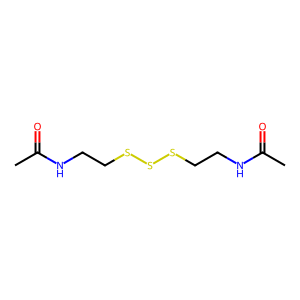
SMILES: CC(=O)NCCSSSCCNC(C)=O
Inhibits HIV replication: No